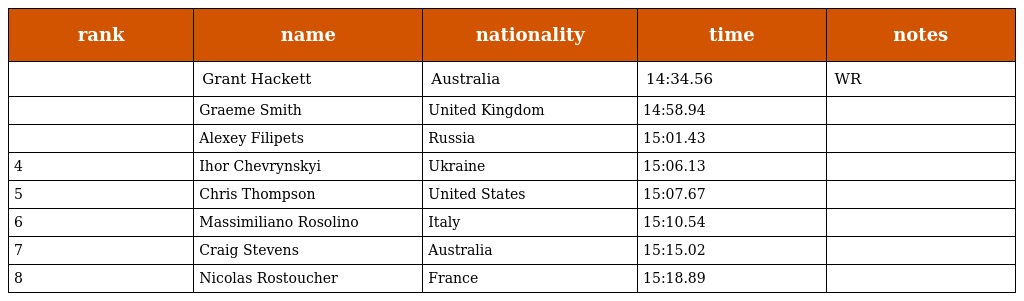
| rank | name | nationality | time | notes |
 | --- | --- | --- | --- | --- |
 |  | Grant Hackett | Australia | 14:34.56 | WR |
 |  | Graeme Smith | United Kingdom | 14:58.94 |  |
 |  | Alexey Filipets | Russia | 15:01.43 |  |
 | 4 | Ihor Chevrynskyi | Ukraine | 15:06.13 |  |
 | 5 | Chris Thompson | United States | 15:07.67 |  |
 | 6 | Massimiliano Rosolino | Italy | 15:10.54 |  |
 | 7 | Craig Stevens | Australia | 15:15.02 |  |
 | 8 | Nicolas Rostoucher | France | 15:18.89 |  |